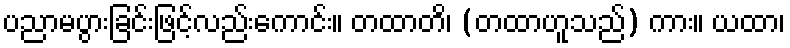
ပညာမပွားခြင်းဖြင့်လည်းကောင်း။ တထာတိ၊ (တထာဟူသည်) ကား။ ယထာ၊